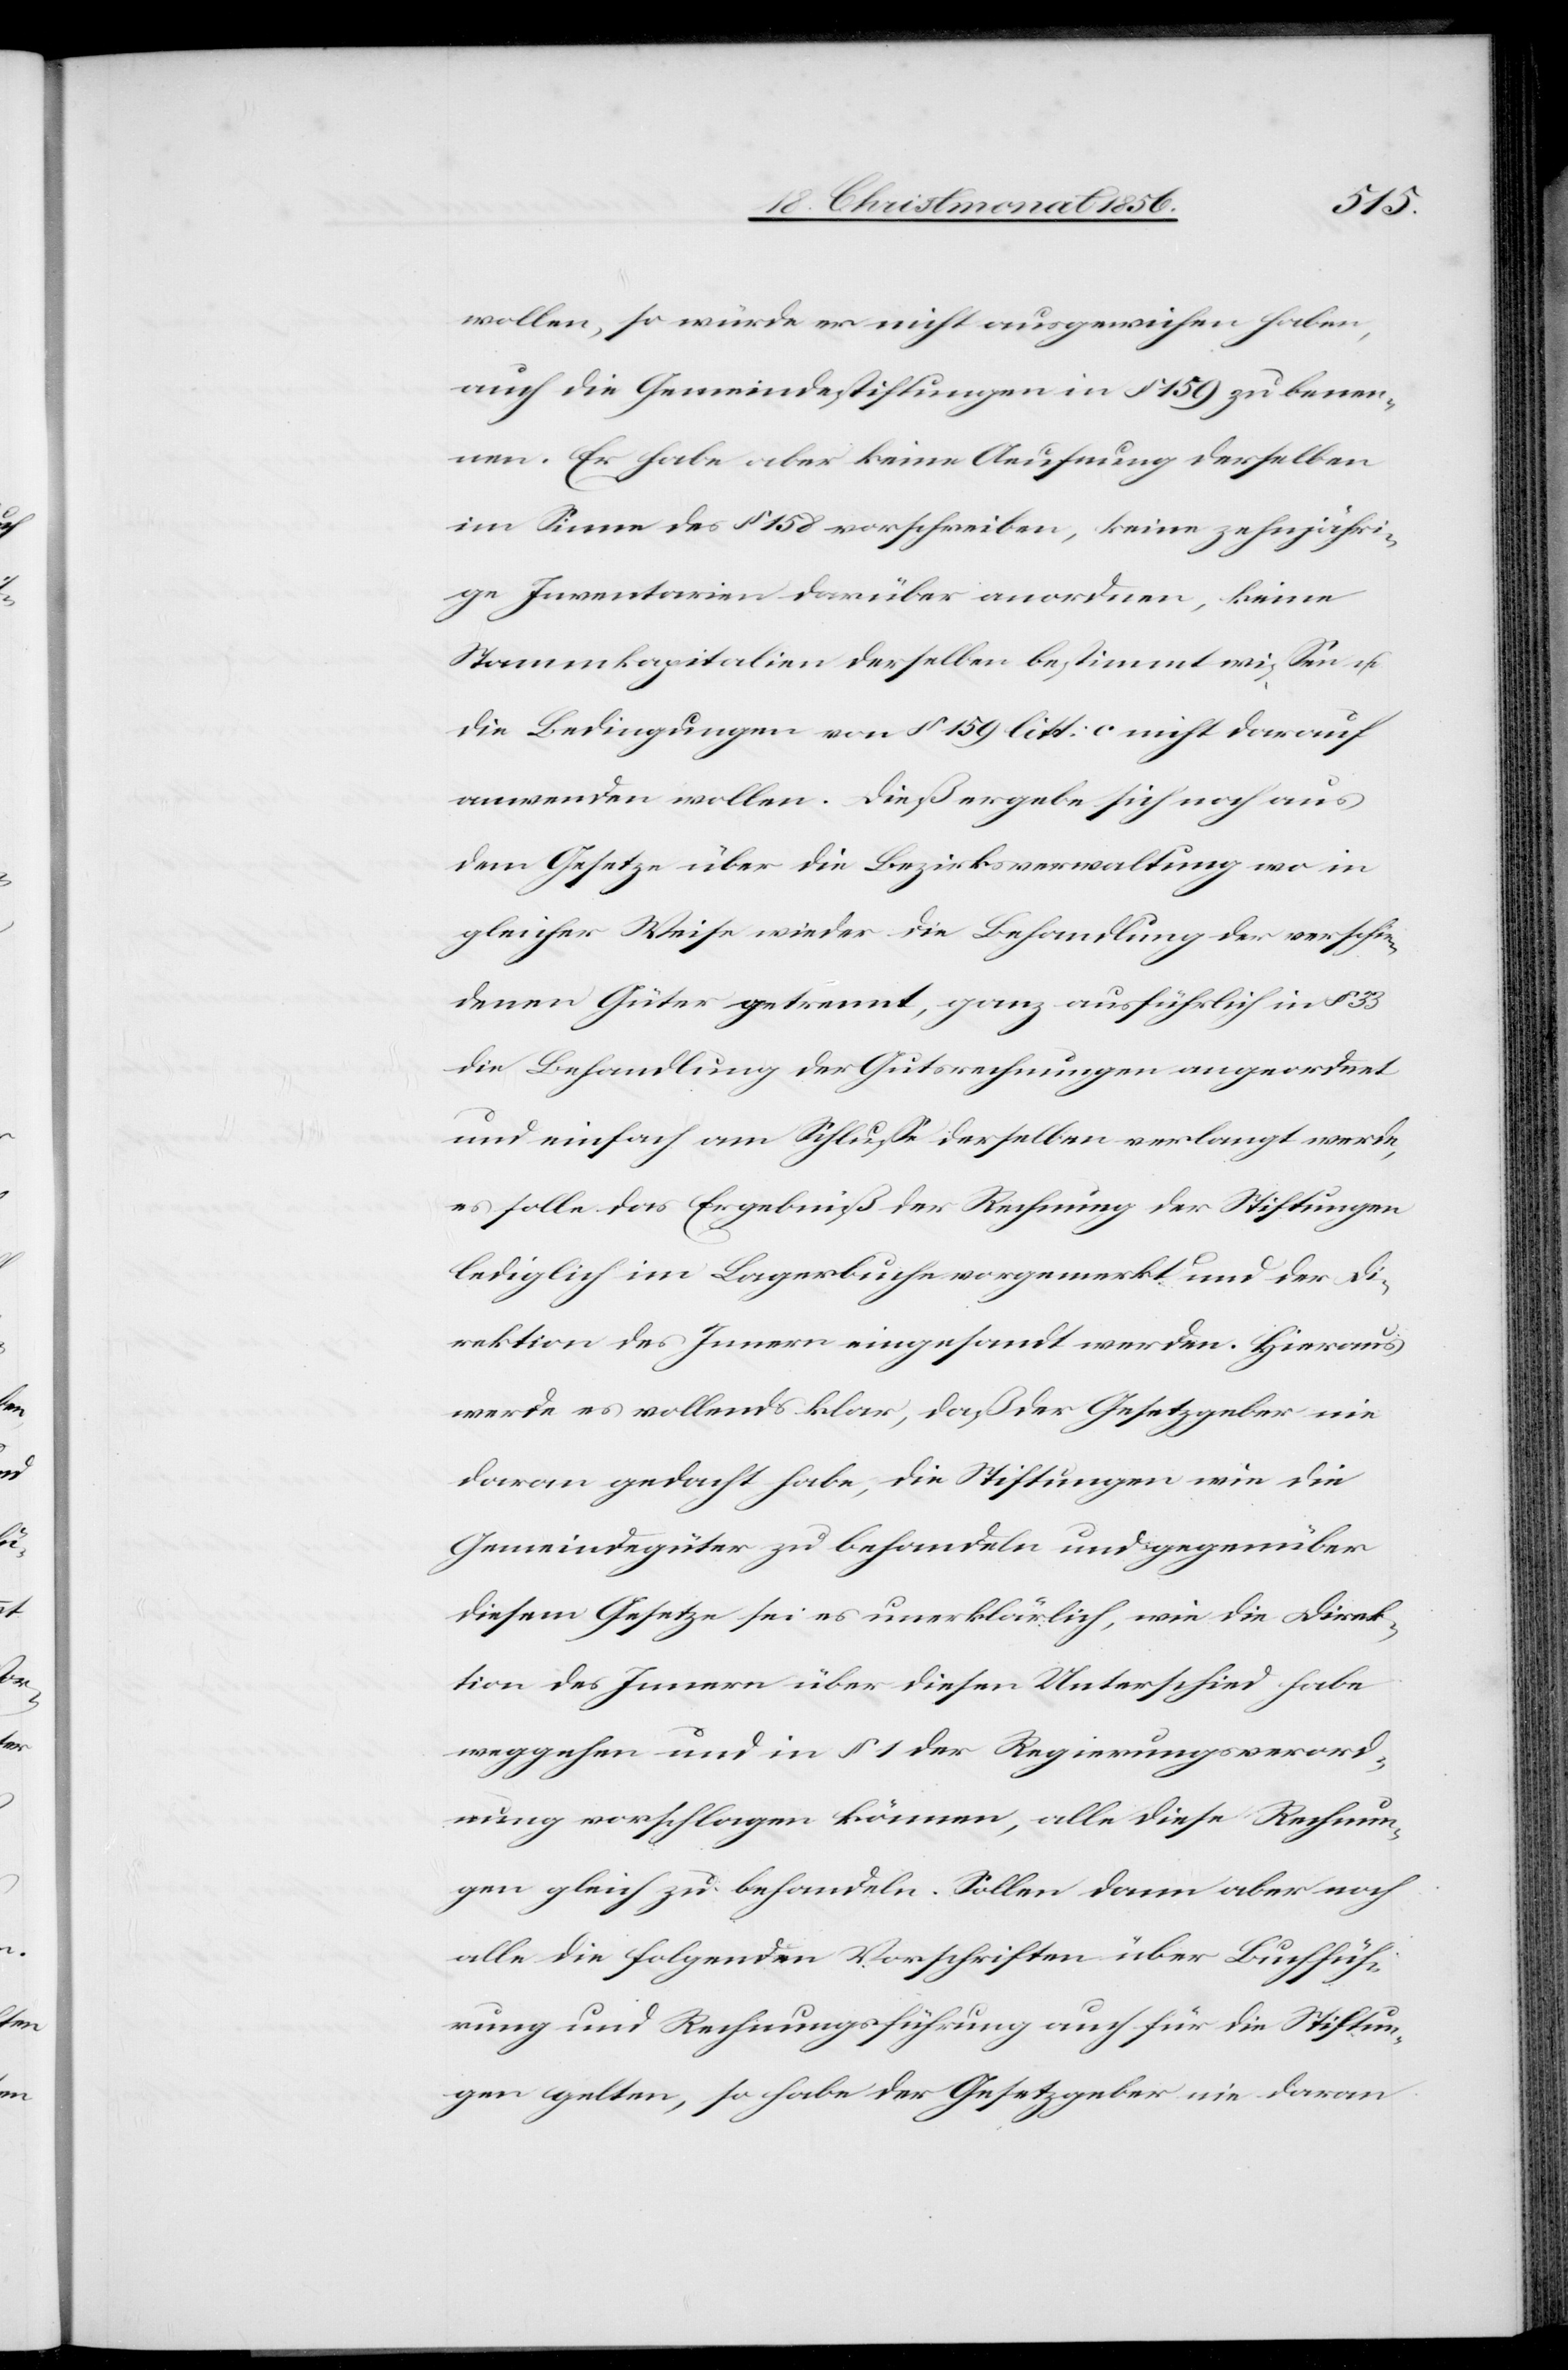
wollen, so würde er nicht ausgewichen haben,
auch die Gemeindestiftungen in § 159 zu benen¬
nen. Er habe aber keine Aeufnung derselben
im Sinne des § 158 vorschreiben, keine zehnjähri¬
ge Inventarien darüber anordnen, keine
Stammkapitalien derselben bestimmt wissen u.
die Bedingungen von § 159 litt: c nicht darauf
anwenden wollen. Dieß ergebe sich noch aus
dem Gesetze über die Bezirksverwaltung wo in
gleicher Weise wieder die Behandlung der verschie¬
denen Güter getrennt, ganz ausführlich in § 33
die Behandlung der Gutsrechnungen angeordnet
und einfach am Schlusse derselben verlangt werde,
es solle das Ergebniß der Rechnung der Stiftungen
lediglich im Lagerbuche vorgemerkt und der Di¬
rektion des Innern eingesandt werden. Hieraus
werde es vollends klar, daß der Gesetzgeber nie
daran gedacht habe, die Stiftungen wie die
Gemeindegüter zu behandeln und gegenüber
diesem Gesetze sei es unerklärlich, wie die Direk¬
tion des Innern über diesen Unterschied habe
weggehen und in § 1 der Regierungsverord¬
nung vorschlagen können, alle diese Rechnun¬
gen gleich zu behandeln. Sollen dann aber noch
alle die folgenden Vorschriften über Buchfüh¬
rung und Rechnungsführung auch für die Stiftun¬
gen gelten, so habe der Gesetzgeber nie daran